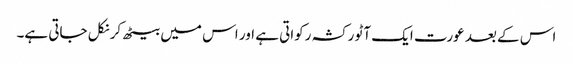
اس کے بعد عورت ایک آٹو رکشہ رکواتی ہے اور اس میں بیٹھ کر نکل جاتی ہے۔